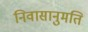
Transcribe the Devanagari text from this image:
निवासानुमति